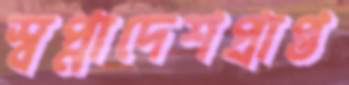
স্বপ্নাদেশপ্রাপ্ত